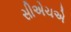
સીએચએ